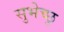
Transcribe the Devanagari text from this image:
सुभेच्छु